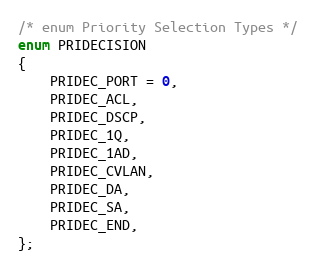
Language: C
/* enum Priority Selection Types */
enum PRIDECISION
{
    PRIDEC_PORT = 0,
    PRIDEC_ACL,
    PRIDEC_DSCP,
    PRIDEC_1Q,
    PRIDEC_1AD,
    PRIDEC_CVLAN,
    PRIDEC_DA,
    PRIDEC_SA,
    PRIDEC_END,
};